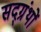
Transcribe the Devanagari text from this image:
सद्ग्रंथों